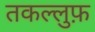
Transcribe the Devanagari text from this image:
तकल्लुफ़